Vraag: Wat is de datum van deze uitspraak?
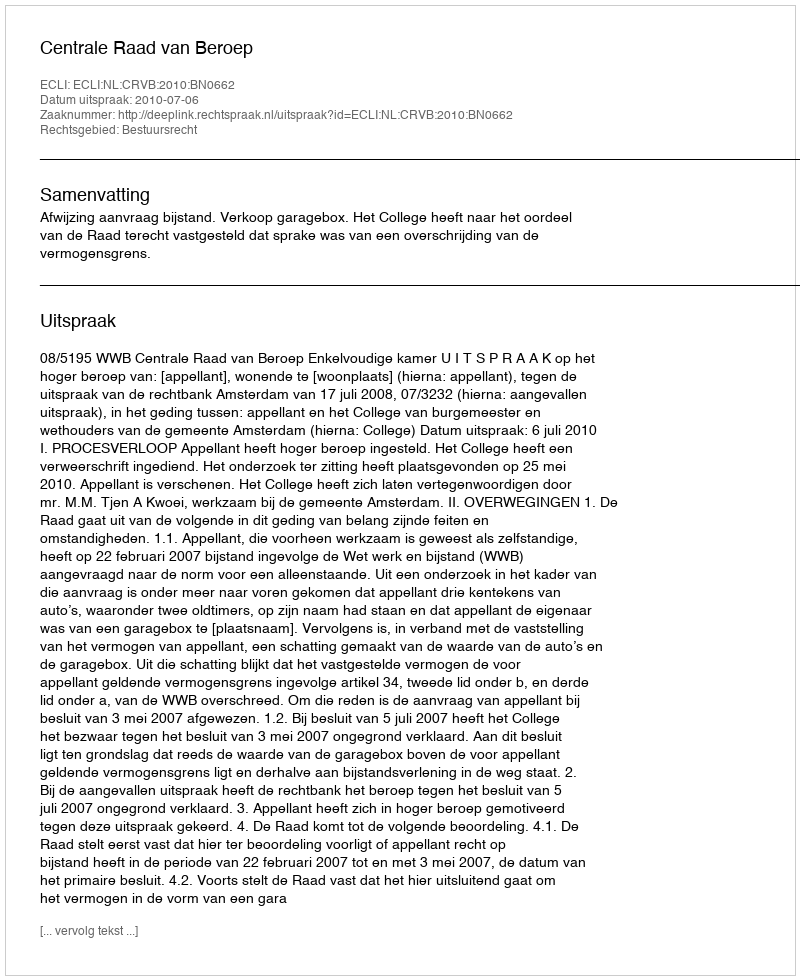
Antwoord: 2010-07-06